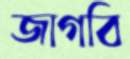
জাগবি